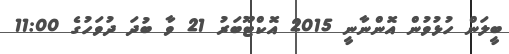
ބީލަން ހުޅުވުން އޮންނާނީ 2015 އޮކްޓޫބަރު 21 ވާ ބުދަ ދުވަހުގެ 11:00